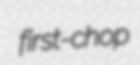
first-chop